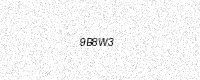
Text: 9B8W3